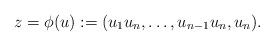
LaTeX: \begin{align*}z=\phi(u):=(u_1u_n,\dots, u_{n-1}u_n,u_n).\end{align*}